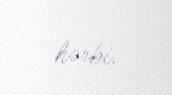
hərbi.